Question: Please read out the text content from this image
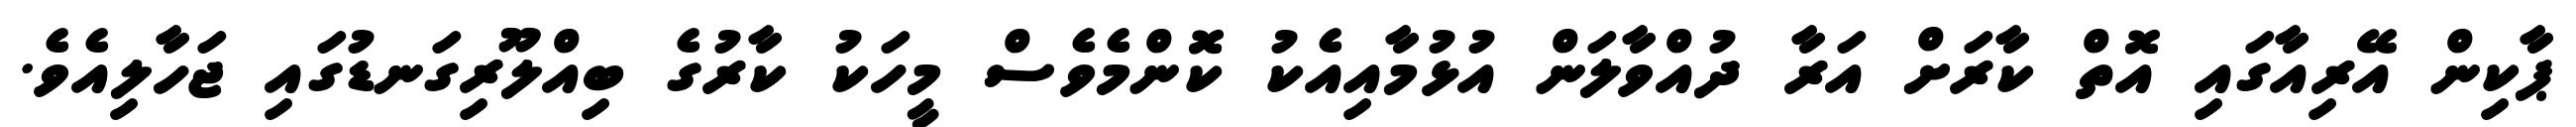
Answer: ޕާކިން އޭރިއާގައި އޮތް ކާރަށް އަރާ ދުއްވާލަން އުޅުމާއިއެކު ކޮންމެވެސް މީހަކު ކާރުގެ ބިއްލޫރިގަނޑުގައި ޖަހާލިއެވެ.